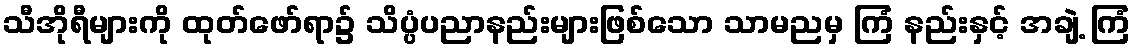
သီအိုရီများကို ထုတ်ဖော်ရာ၌ သိပ္ပံပညာနည်းများဖြစ်သော သာမညမှ ကြံ နည်းနှင့် အချဲ့ ကြံ